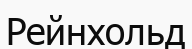
Рейнхольд